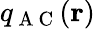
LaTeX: q_{\mathrm{~A~C~}}(\mathbf{r})